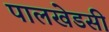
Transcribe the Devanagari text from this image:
पालखेडसी